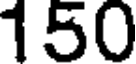
150